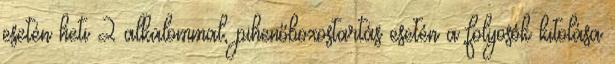
esetén heti 2 alkalommal, pihenőboxostartás esetén a folyosók kitolása